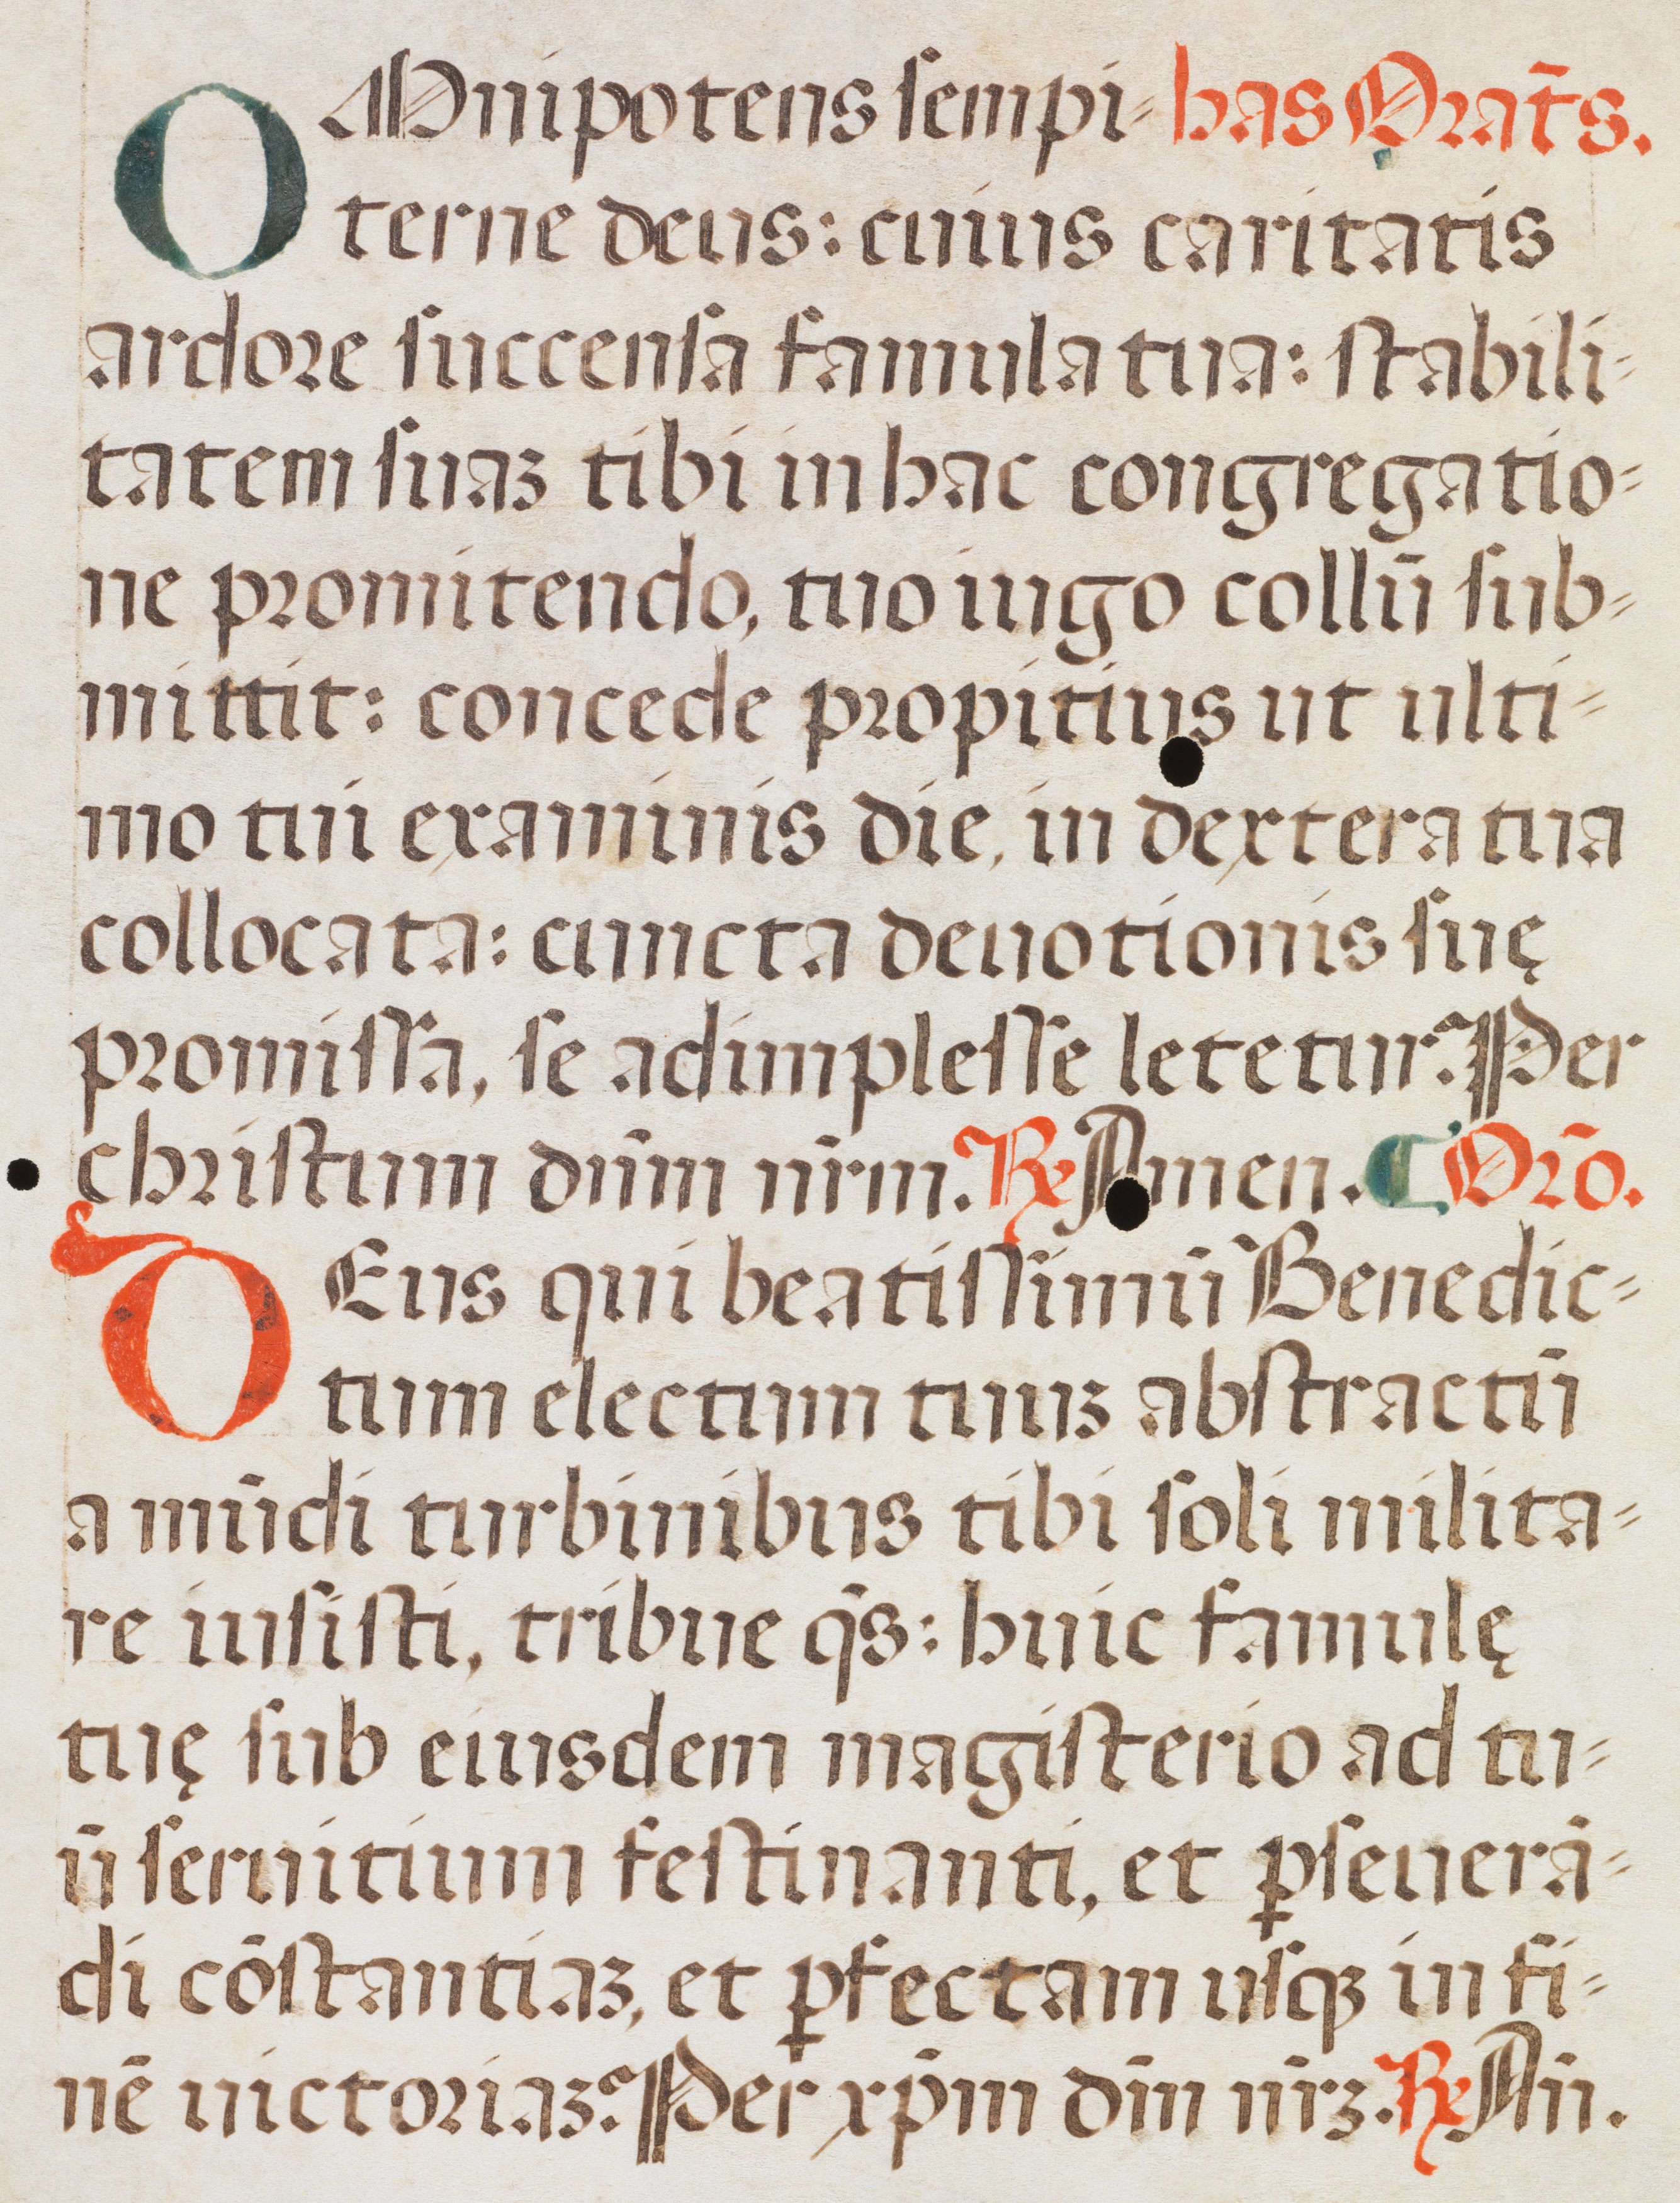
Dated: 1400–1499